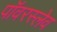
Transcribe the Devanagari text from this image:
पॉवरस्लेव